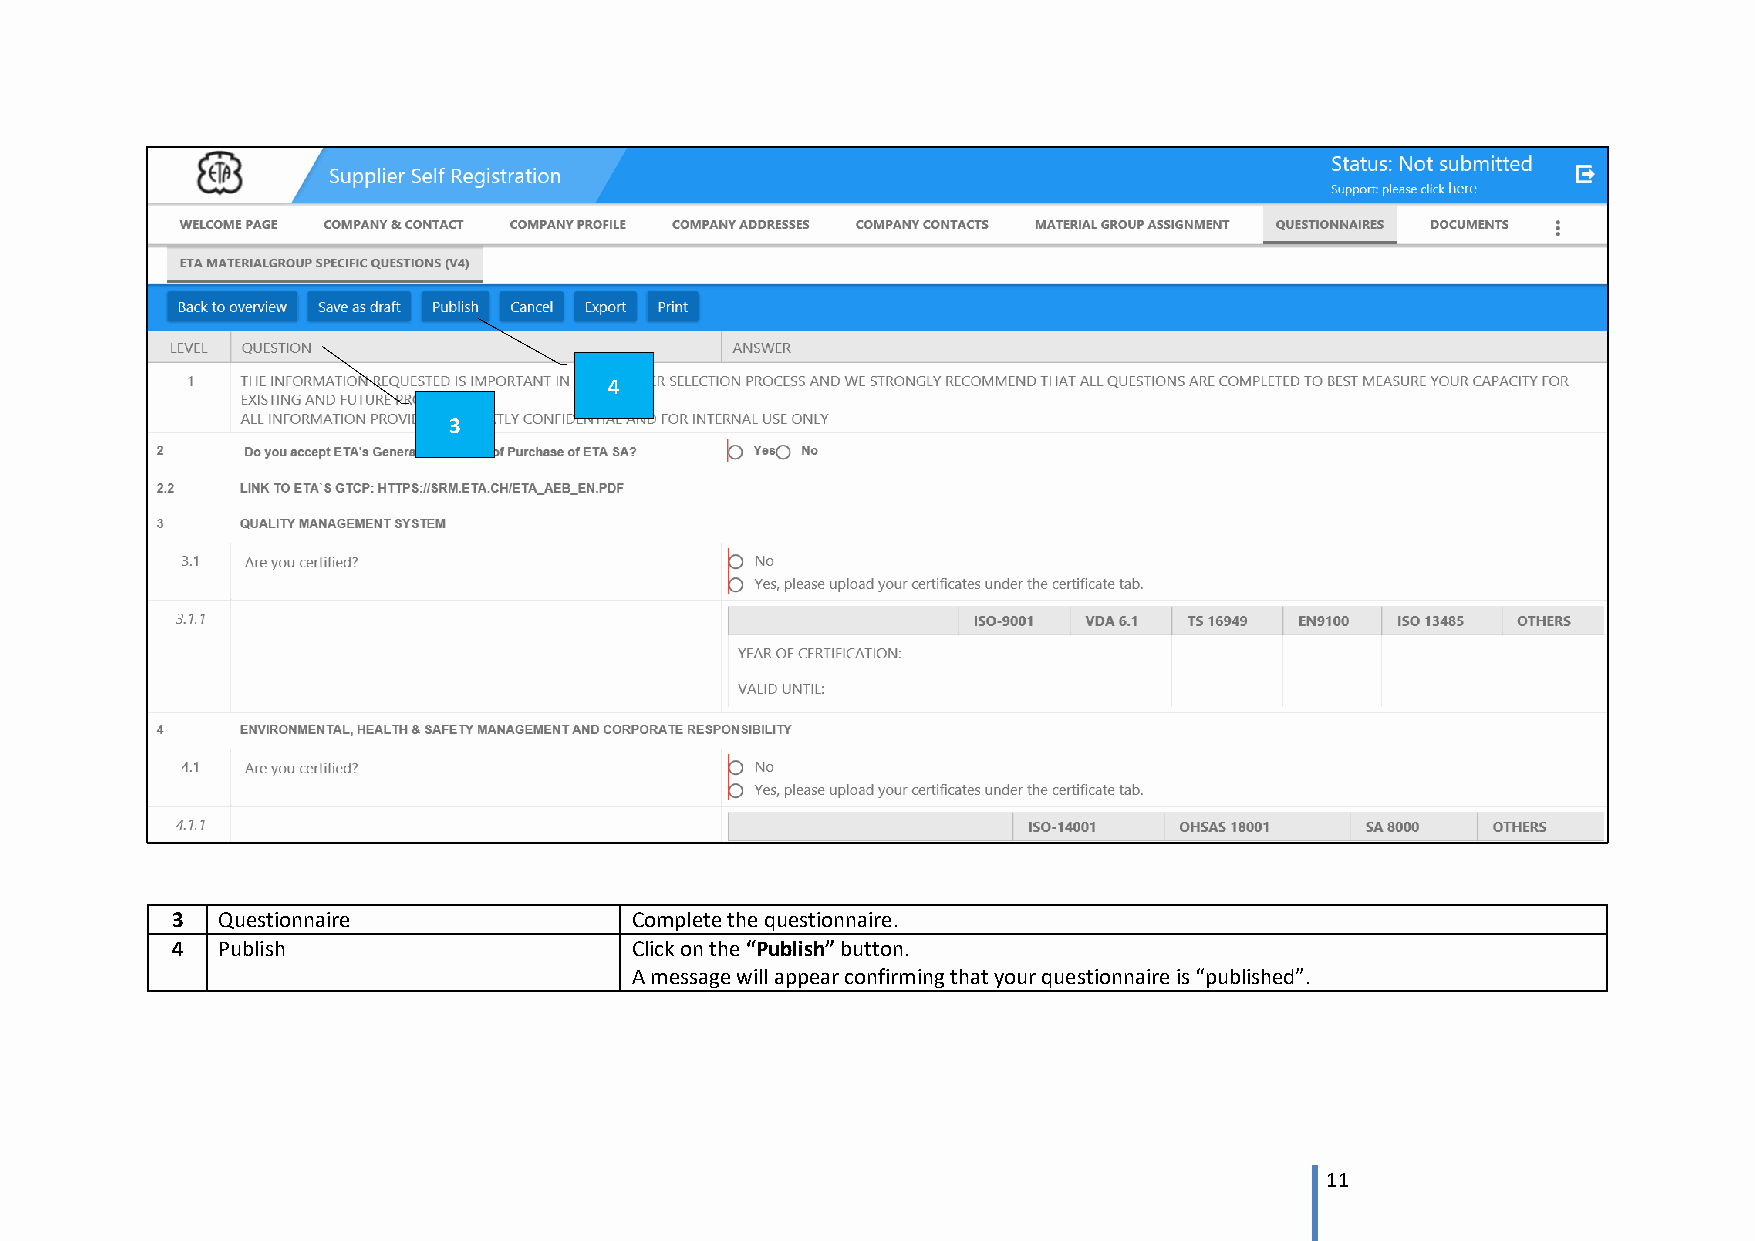
4
 3
 3  Questionnaire               Complete the questionnaire.
 4  Publish                     Click on the “Publish” button.
 A message will appear confirming that your questionnaire is “published”.
 11